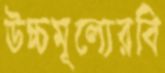
উচ্চমূল্যেরবি